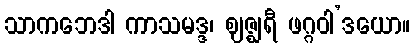
သာကဘေဒါ ကာသမဒ္ဒ၊ ဈဇ္ဈရီ ဖဂ္ဂဝါ’ဒယော။